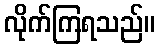
လိုက်ကြရသည်။